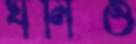
ঘনিও